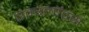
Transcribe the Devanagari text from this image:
ऐक्स्लॉट्स